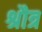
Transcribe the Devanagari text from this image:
श्रौत्र